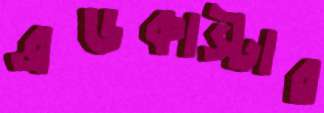
ব্রডকাস্টার